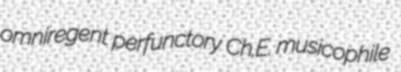
omniregent perfunctory Ch.E. musicophile